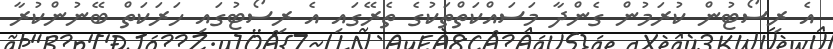
އެ ރިސޯޓުން ކުރަމުން ގެންދާ މަސައްކަތްތަކުގެ ތެރޭގައި އެ ރިސޯޓުގައި ހަރަކަތް ބޭނުންކުރާ